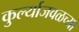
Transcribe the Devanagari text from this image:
कुर्ल्याजवळच्या